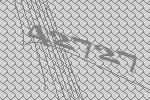
42727